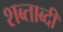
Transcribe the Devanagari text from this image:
शब्ताब्दी